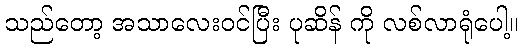
သည်တော့ အသာလေးဝင်ပြီး ပုဆိန် ကို လစ်လာရုံပေါ့။